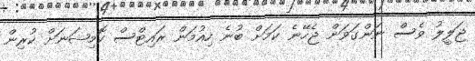
ޖަލީލު ވެސް ނަންގަވަން ޖެހޭނެ ކަމަށް ބުނެ ހިއުމަން ރައިޓްސް ކޮމިޝަނަށް ކުރިން